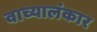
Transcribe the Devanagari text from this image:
वाच्यालंकार